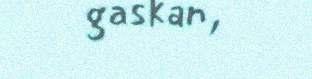
gaskan,